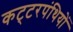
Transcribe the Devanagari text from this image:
कट्‍टरपंथियों